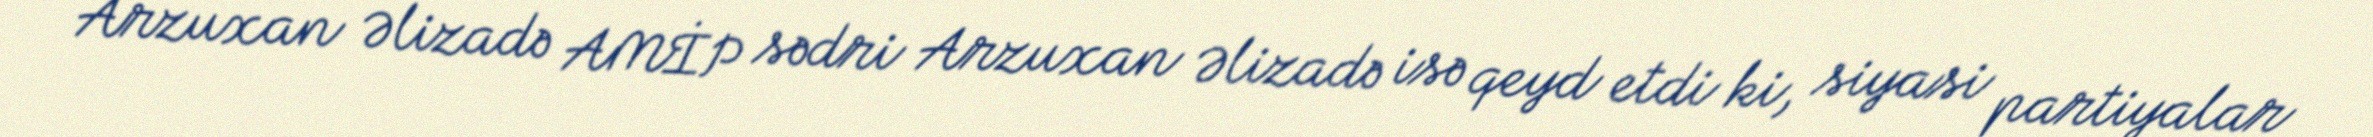
Arzuxan Əlizadə AMİP sədri Arzuxan Əlizadə isə qeyd etdi ki, siyasi partiyalar